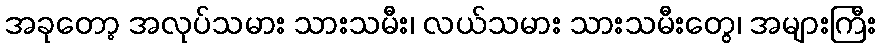
အခုတော့ အလုပ်သမား သားသမီး၊ လယ်သမား သားသမီးတွေ၊ အများကြီး